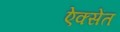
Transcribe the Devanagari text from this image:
ऐक्सेंत